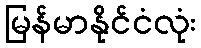
မြန်မာနိုင်ငံလုံး